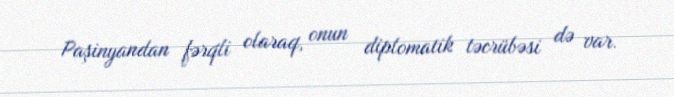
Paşinyandan fərqli olaraq, onun diplomatik təcrübəsi də var.